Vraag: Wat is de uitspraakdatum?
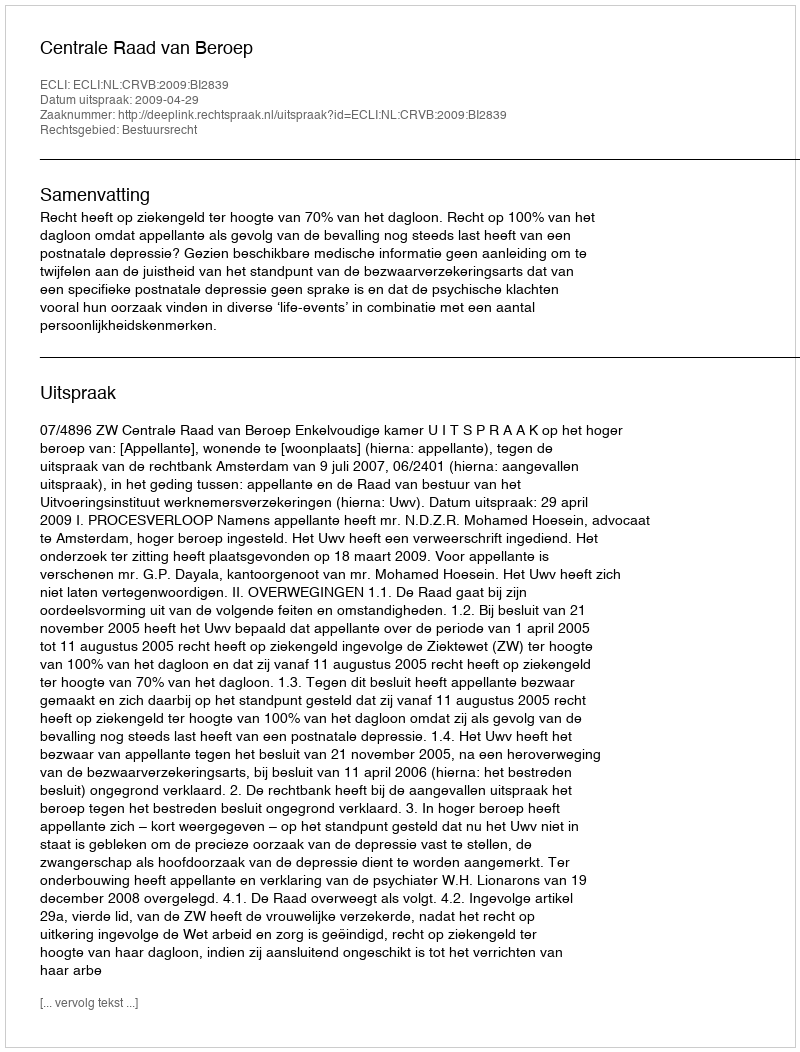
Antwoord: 2009-04-29